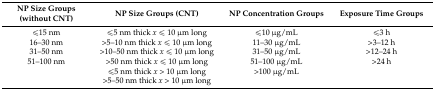
<table><thead><tr><td><b>NP Size Groups (without CNT)</b></td><td><b>NP Size Groups (CNT)</b></td><td><b>NP Concentration Groups</b></td><td><b>Exposure Time Groups</b></td></tr></thead><tbody><tr><td>≤15 nm</td><td>≤5 nm thick <i>x</i> ≤ 10 μm long</td><td>≤10 μg/mL</td><td>≤3 h</td></tr><tr><td>16–30 nm</td><td>&gt;5–10 nm thick <i>x</i> ≤ 10 μm long</td><td>11–30 μg/mL</td><td>&gt;3–12 h</td></tr><tr><td>31–50 nm</td><td>&gt;10–50 nm thick <i>x</i> ≤ 10 μm long</td><td>31–50 μg/mL</td><td>&gt;12–24 h</td></tr><tr><td>51–100 nm</td><td>&gt;50 nm thick <i>x</i> ≤ 10 μm long</td><td>51–100 μg/mL</td><td>&gt;24 h</td></tr><tr><td></td><td>≤5 nm thick <i>x</i> &gt; 10 μm long</td><td>&gt;100 μg/mL</td><td></td></tr><tr><td><b></b></td><td>&gt;5–50 nm thick <i>x</i> &gt; 10 μm long</td><td></td><td></td></tr></tbody></table>